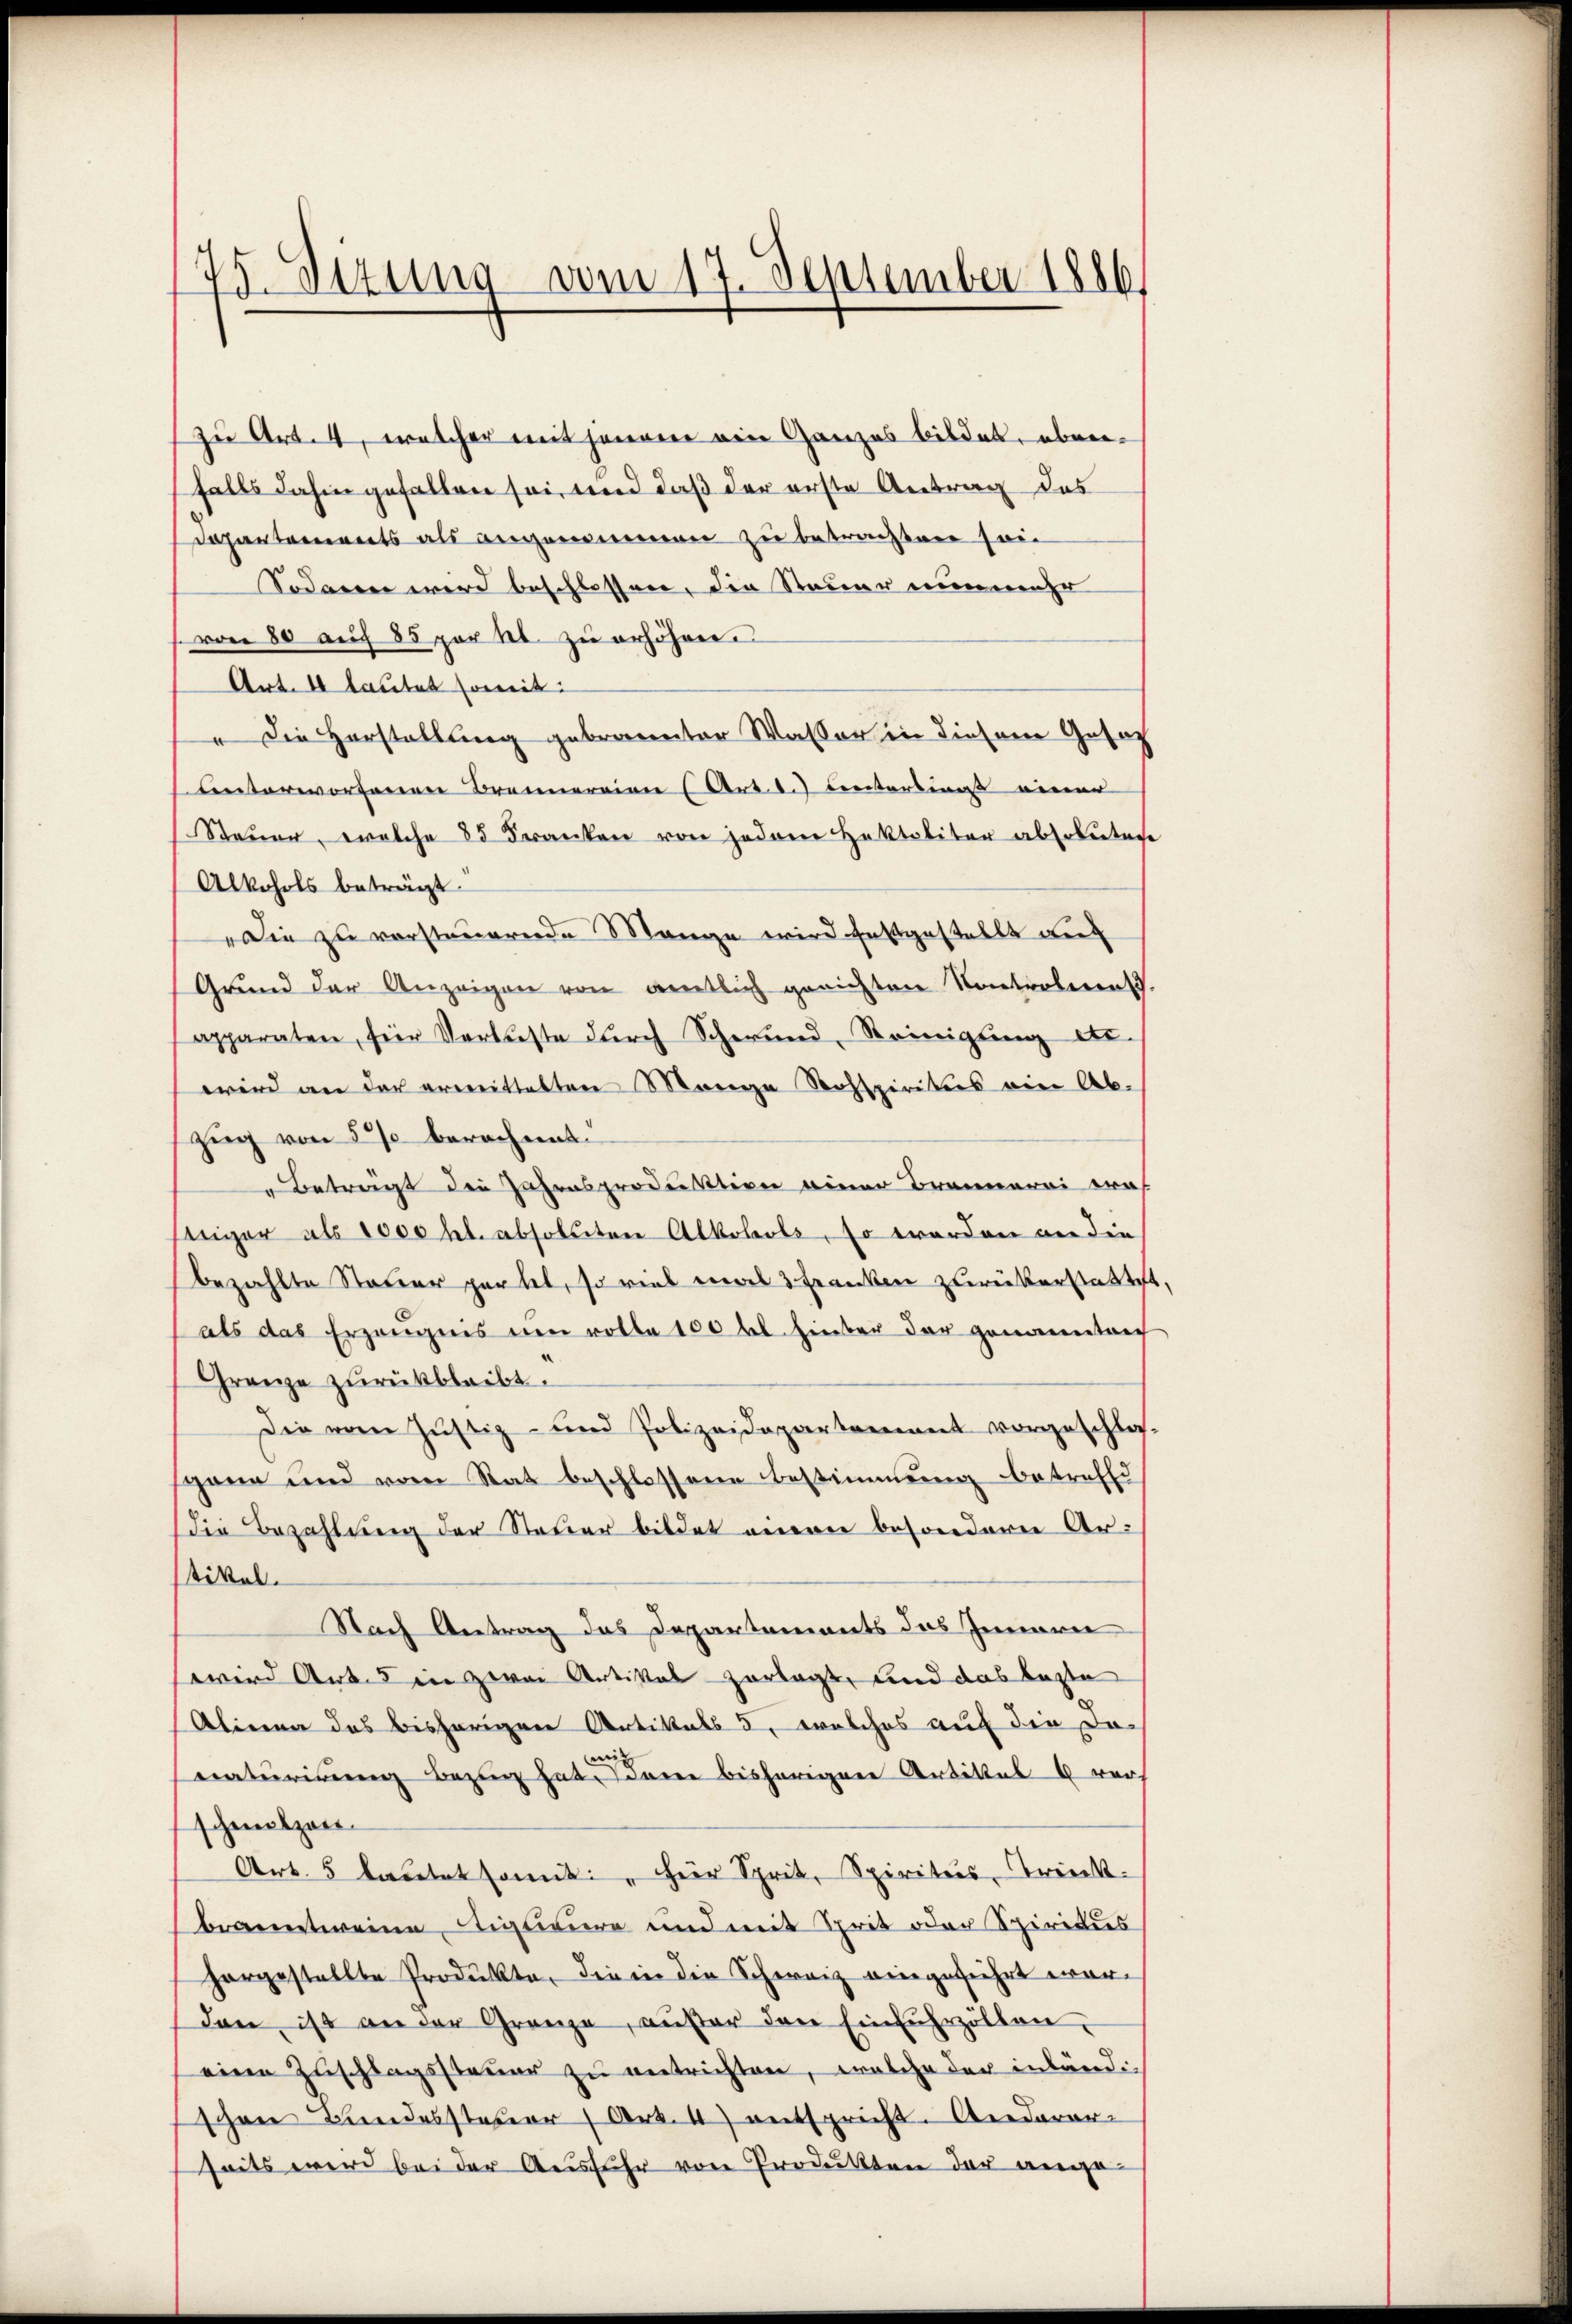
75. Dezung vom 17. September 1886.

Sodann wird beschlossen, die Steuer nunmehr
von 80 auf 85 par lt. zŭ erhöhen.
Art. 4 lautet soweit
Die Herstellung gebrannter Wasser in diesem Gesuch
unterworfenen Brennereien (Art. 2. Centerlingst einer
Steuer, welche 85 deranken von jederen Haktaliter absolutete
Alkohols beträgt.
Die zu versteuernde Mange wird festgestellt auf
Grund der Anzeigen von amtlich gerichten Kontroleren.
apparaten, für Verluste dŭrch Scheŭnd, Reinigŭng etc.
wird an der ermittelten Mange Rohspiritus ein Abzug von 5 % berechnet.
" Betragt die Jahres produktion einer Brennerei was
seiger als 1000 fl. absoluten Alkohole, so werden an die
bezahlte Steuer partet, so viel mal 3 Franken zurükerstattet,
als das Erzängnis von rotha 100 bel hieber der gemanentrich
Grenze zurückbleibt.
Die vom Justiz- und Polizeidepartement vorgeschlos-
sgann und von Rat beschlossene Bestimmung betreffe
(die Bezahlung der Steuer bildet einen besondere Artikel.
Nach Antrag des Departements das Innern
wwird Art. in zwei Artikal vorlagt, und das Laste
Alinea des bisherigen Artikals 5, welches auf die Domig
eaturinung Bezug hat. Dann bisherigere Artittel 4 ver
schmelzen.
Art. 5 lautet somiti, hier Sprit, Spiritus, Trink-
branntweine Signeure und mit Sprit oder Spiritus
horgestellte Produkte, die in die Schweiz eingeführt wordan, ist an der Grenze, außer den Einfuhrzöllen,
eine Zuschlagssteuer zu entrichten, welche der inländig
schon Bundessteuer (Art. 4) entspricht. Anderer-
seits wird bei der Ausfuhr von Produkten der ange¬

zu Art. 4, welcher mit seinen eine Ganzes bildet, ebenfalls dahin gefallen sei, und daß der erste Antrag des
Dapartements als angenommen zu betrachten sein